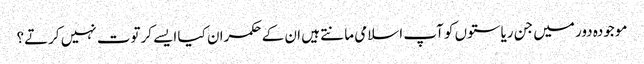
موجودہ دور میں جن ریاستوں کو آپ اسلامی مانتے ہیں ان کے حکمران کیا ایسے کرتوت نہیں کرتے؟